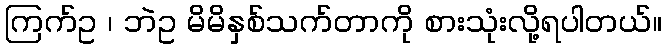
ကြက်ဥ ၊ ဘဲဥ မိမိနှစ်သက်တာကို စားသုံးလို့ရပါတယ်။